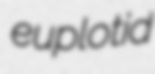
euplotid